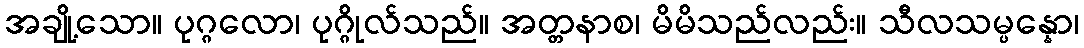
အချို့သော။ ပုဂ္ဂလော၊ ပုဂ္ဂိုလ်သည်။ အတ္တနာစ၊ မိမိသည်လည်း။ သီလသမ္ပန္နော၊